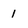
Character: 1